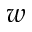
w